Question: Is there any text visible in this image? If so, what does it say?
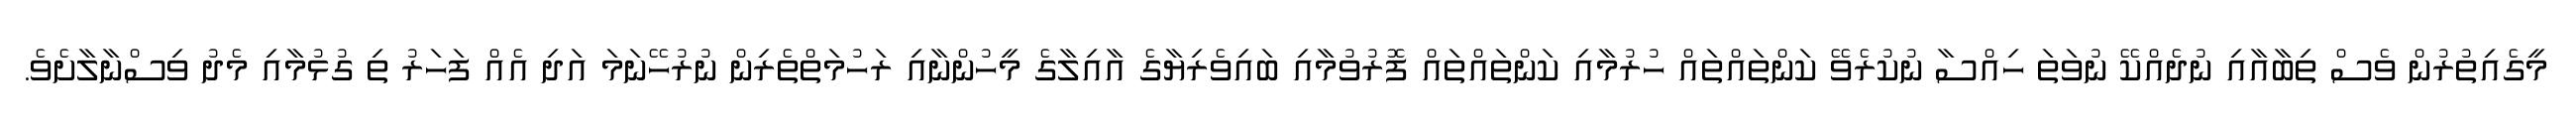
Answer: މީގެއިތުރުން ވެސް ތިބާއާއި ނުދެއްކޭ ނުވަތަ ހިއްސާ ނުކުރެވޭ ކަންތައްތައް ހުރުމާއި ކަންތައްތައް ފޮރުވުމާއި ބައިވެރިޔާގެ އާއިލާގެ މީހުންނާއި ރަހުމަތްތެރިން ނުރުހޭނަމަ އަދި އެއް ފަހަރު ތި ގުޅުމާއި މެދު ވިސްނާލާށެވެ.